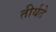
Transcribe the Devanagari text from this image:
तीर्यते